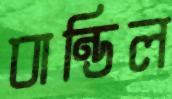
বান্ডিল